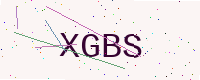
Text: XGBS